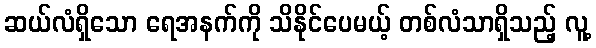
ဆယ်လံရှိသော ရေအနက်ကို သိနိုင်ပေမယ့် တစ်လံသာရှိသည့် လူ့